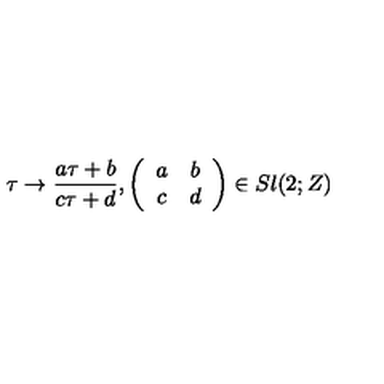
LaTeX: \tau \rightarrow \frac { a \tau + b } { c \tau + d } , \left( \begin{array} { c c } { a } & { b } \\ { c } & { d } \\ \end{array} \right) \in S l ( 2 ; Z )